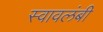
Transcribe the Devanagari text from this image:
स्‍वावलंबी